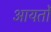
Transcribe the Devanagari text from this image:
आयर्तो